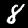
Digit: 8